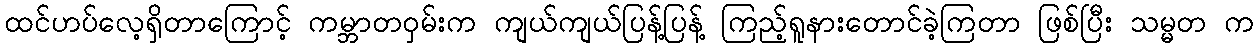
ထင်ဟပ်လေ့ရှိတာကြောင့် ကမ္ဘာတဝှမ်းက ကျယ်ကျယ်ပြန့်ပြန့် ကြည့်ရူနားတောင်ခဲ့ကြတာ ဖြစ်ပြီး သမ္မတ က